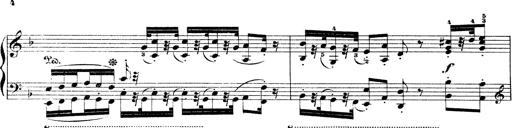
Title: Illustrations de l'opÃ©ra L'Africaine
Composer: Franz Liszt